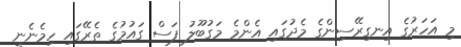
މި އަހަރުގެ އިނގިރޭސިންގެ މެދުގައި އެންމެ މަގުބޫލު ފަސް ގައުމުގެ ތެރޭގައި ހިމެނެނީ